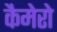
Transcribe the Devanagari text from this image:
कैमेरो